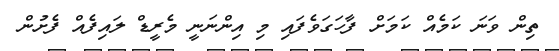
ތިން ވަނަ ކަމެއް ކަމަށް ފާހަގަވެފައި މި އިންނަނީ މެރީޑް ލައިފެއް ފެށުން